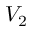
V _ { 2 }